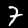
Digit: 7